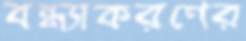
বন্ধ্যাকরণের